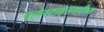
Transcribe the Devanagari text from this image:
पॅलेस्टाइनमधील